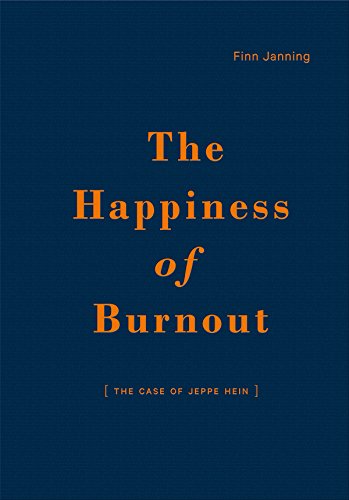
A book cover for The Happiness of Burnout: The Case of Jeppe Hein; Finn Janning; Arts & Photography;